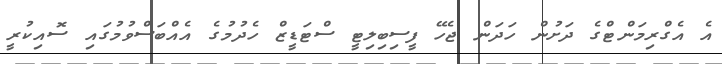
އެ އެގްރިމަންޓްގެ ދަށުން ހަދަން ޖެހޭ ފީސިބިލިޓީ ސްޓަޑީޒް ހެދުމުގެ އެއްބަސްވުމުގައި ސޮއިކުރީ